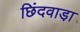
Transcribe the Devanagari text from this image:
छिंदवाडा़